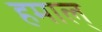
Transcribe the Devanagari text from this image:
हमाल्